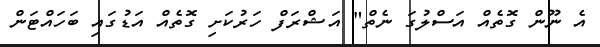
އެ ނޫން ގޮތެއް އަސްލުގަ ނެތް" އަޝްރަފް ހަރުކަށި ގޮތެއް އަޑުގައި ބަހައްޓަން